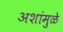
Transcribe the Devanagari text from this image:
अशांमुळे